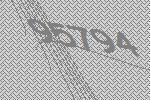
95794